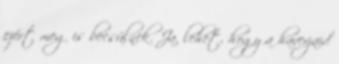
ezért meg is becsülnek. Ja, lehet, hogy a haverjaid